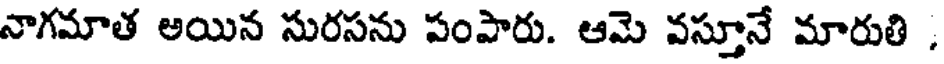
నాగమాత అయిన సురసను పంపారు. ఆమె వస్తూనే మారుతి ,